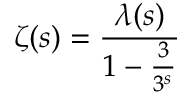
\zeta ( s ) = { \frac { \lambda ( s ) } { 1 - { \frac { 3 } { 3 ^ { s } } } } }